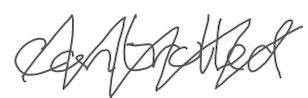
Text: controlled
Cross-out: zig-zag
Writing tool: digital_gray